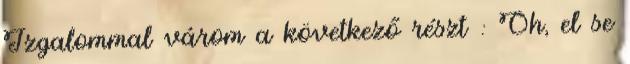
Izgalommal várom a következő részt : Oh, el se